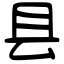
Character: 县